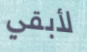
لأبقي